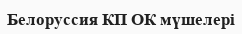
Белоруссия КП ОК мүшелері